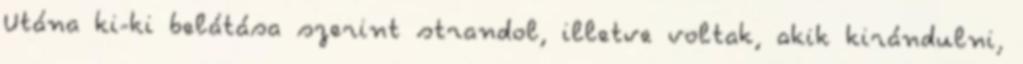
Utána ki-ki belátása szerint strandol, illetve voltak, akik kirándulni,